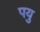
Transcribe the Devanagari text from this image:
पयु